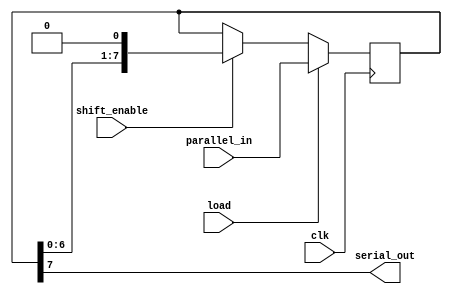
module parallel_in_serial_out_register(
  input clk,
  input load,
  input shift_enable,
  input [7:0] parallel_in,
  output serial_out
);

reg [7:0] register;

always @(posedge clk) begin
  if (load) begin
    register <= parallel_in;
  end else if (shift_enable) begin
    register <= {register[6:0], 1'b0};
  end
end

assign serial_out = register[7];

endmodule